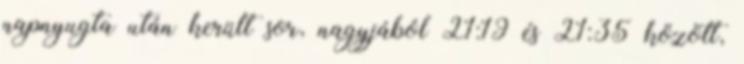
napnyugta után került sor, nagyjából 21:19 és 21:35 között,